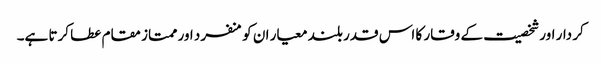
کر دار اور شخصیت کے وقار کا اس قدر بلند معیار ان کو منفرد اور ممتاز مقام عطا کرتا ہے۔